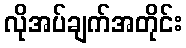
လိုအပ်ချက်အတိုင်း